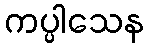
ကပ္ပါသေန